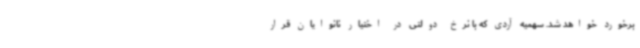
برخورد خواهد شد. سهمیه آردی که با نرخ دولتی در اختیار نانوایان قرار